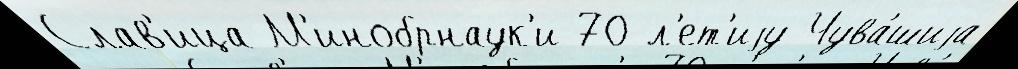
Слав'ица М'инобрнаук'и 70-л'ет'иjу Чува́шиjа